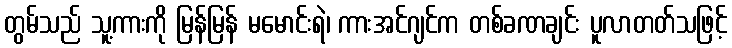
တွမ်သည် သူ့ကားကို မြန်မြန် မမောင်းရဲ၊ ကားအင်ဂျင်က တစ်ခဏချင်း ပူလာတတ်သဖြင့်